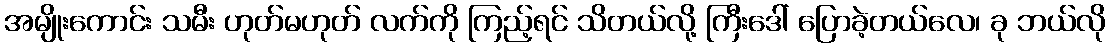
အမျိုးကောင်း သမီး ဟုတ်မဟုတ် လက်ကို ကြည့်ရင် သိတယ်လို့ ကြီးဒေါ် ပြောခဲ့တယ်လေ၊ ခု ဘယ်လို